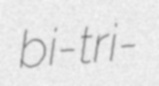
bi-tri-